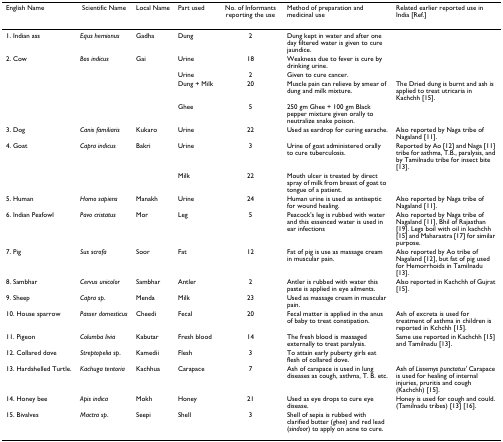
<table><thead><tr><td><b>English Name</b></td><td><b>Scientific Name</b></td><td><b>Local Name</b></td><td><b>Part used</b></td><td><b>No. of Informants reporting the use</b></td><td><b>Method of preparation and medicinal use</b></td><td><b>Related earlier reported use in India [Ref.]</b></td></tr></thead><tbody><tr><td>1. Indian ass</td><td><i>Equs hemionus</i></td><td>Gadha</td><td>Dung</td><td>2</td><td>Dung kept in water and after one day filtered water is given to cure jaundice.</td><td></td></tr><tr><td>2. Cow</td><td><i>Bos indicus</i></td><td>Gai</td><td>Urine</td><td>18</td><td>Weakness due to fever is cure by drinking urine.</td><td></td></tr><tr><td></td><td></td><td></td><td>Urine</td><td>2</td><td>Given to cure cancer.</td><td></td></tr><tr><td></td><td></td><td></td><td>Dung + Milk</td><td>20</td><td>Muscle pain can relieve by smear of dung and milk mixture.</td><td>The Dried dung is burnt and ash is applied to treat utricaria in Kachchh [15].</td></tr><tr><td></td><td></td><td></td><td>Ghee</td><td>5</td><td>250 gm Ghee + 100 gm Black pepper mixture given orally to neutralize snake poison.</td><td></td></tr><tr><td>3. Dog</td><td><i>Canis familiaris</i></td><td>Kukaro</td><td>Urine</td><td>22</td><td>Used as eardrop for curing earache.</td><td>Also reported by Naga tribe of Nagaland [11].</td></tr><tr><td>4. Goat</td><td><i>Capra indicus</i></td><td>Bakri</td><td>Urine</td><td>3</td><td>Urine of goat administered orally to cure tuberculosis.</td><td>Reported by Ao [12] and Naga [11] tribe for asthma, T.B., paralysis, and by Tamilnadu tribe for insect bite [13].</td></tr><tr><td></td><td></td><td></td><td>Milk</td><td>22</td><td>Mouth ulcer is treated by direct spray of milk from breast of goat to tongue of a patient.</td><td></td></tr><tr><td>5. Human</td><td><i>Homo sapiens</i></td><td>Manakh</td><td>Urine</td><td>24</td><td>Human urine is used as antiseptic for wound healing.</td><td>Also reported by Naga tribe of Nagaland [11].</td></tr><tr><td>6. Indian Peafowl</td><td><i>Pavo cristatus</i></td><td>Mor</td><td>Leg</td><td>5</td><td>Peacock&#x27;s leg is rubbed with water and this essenced water is used in ear infections</td><td>Also reported by Naga tribe of Nagaland [11], Bhil of Rajasthan [19]. Legs boil with oil in kachchh [15] and Maharastra [17] for similar purpose.</td></tr><tr><td>7. Pig</td><td><i>Sus scrofa</i></td><td>Soor</td><td>Fat</td><td>12</td><td>Fat of pig is use as massage cream in muscular pain.</td><td>Also reported by Ao tribe of Nagaland [12], but fat of pig used for Hemorrhoids in Tamilnadu [13].</td></tr><tr><td>8. Sambhar</td><td><i>Cervus unicolor</i></td><td>Sambhar</td><td>Antler</td><td>2</td><td>Antler is rubbed with water this paste is applied in eye ailments.</td><td>Also reported in Kachchh of Gujrat [15].</td></tr><tr><td>9. Sheep</td><td><i>Capra sp</i>.</td><td>Menda</td><td>Milk</td><td>23</td><td>Used as massage cream in muscular pain.</td><td></td></tr><tr><td>10. House sparrow</td><td><i>Passer domesticus</i></td><td>Cheedi</td><td>Fecal</td><td>20</td><td>Fecal matter is applied in the anus of baby to treat constipation.</td><td>Ash of excreta is used for treatment of asthma in children is reported in Kchchh [15].</td></tr><tr><td>11. Pigeon</td><td><i>Columba livia</i></td><td>Kabutar</td><td>Fresh blood</td><td>14</td><td>The fresh blood is massaged externally to treat paralysis.</td><td>Same use reported in Kachchh [15] and Tamilnadu [13].</td></tr><tr><td>12. Collared dove</td><td><i>Streptopelia sp</i>.</td><td>Kamedii</td><td>Flesh</td><td>3</td><td>To attain early puberty girls eat flesh of collared dove.</td><td></td></tr><tr><td>13. Hardshelled Turtle.</td><td><i>Kachuga tentoria</i></td><td>Kachhua</td><td>Carapace</td><td>7</td><td>Ash of carapace is used in lung diseases as cough, asthma, T. B. etc.</td><td>Ash of <i>Lissemys punctatus</i>&#x27; Carapace is used for healing of internal injuries, pruritis and cough (Kachchh) [15].</td></tr><tr><td>14. Honey bee</td><td><i>Apis indica</i></td><td>Mokh</td><td>Honey</td><td>21</td><td>Used as eye drops to cure eye disease.</td><td>Honey is used for cough and could. (Tamilnadu tribes) [13] [16].</td></tr><tr><td>15. Bivalves</td><td><i>Mactra sp</i>.</td><td>Seepi</td><td>Shell</td><td>3</td><td>Shell of sepia is rubbed with clarified butter (<i>ghee</i>) and red lead (<i>sindoor</i>) to apply on acne to cure.</td><td></td></tr></tbody></table>